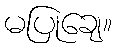
မပြုချေ။